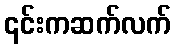
၎င်းကဆက်လက်